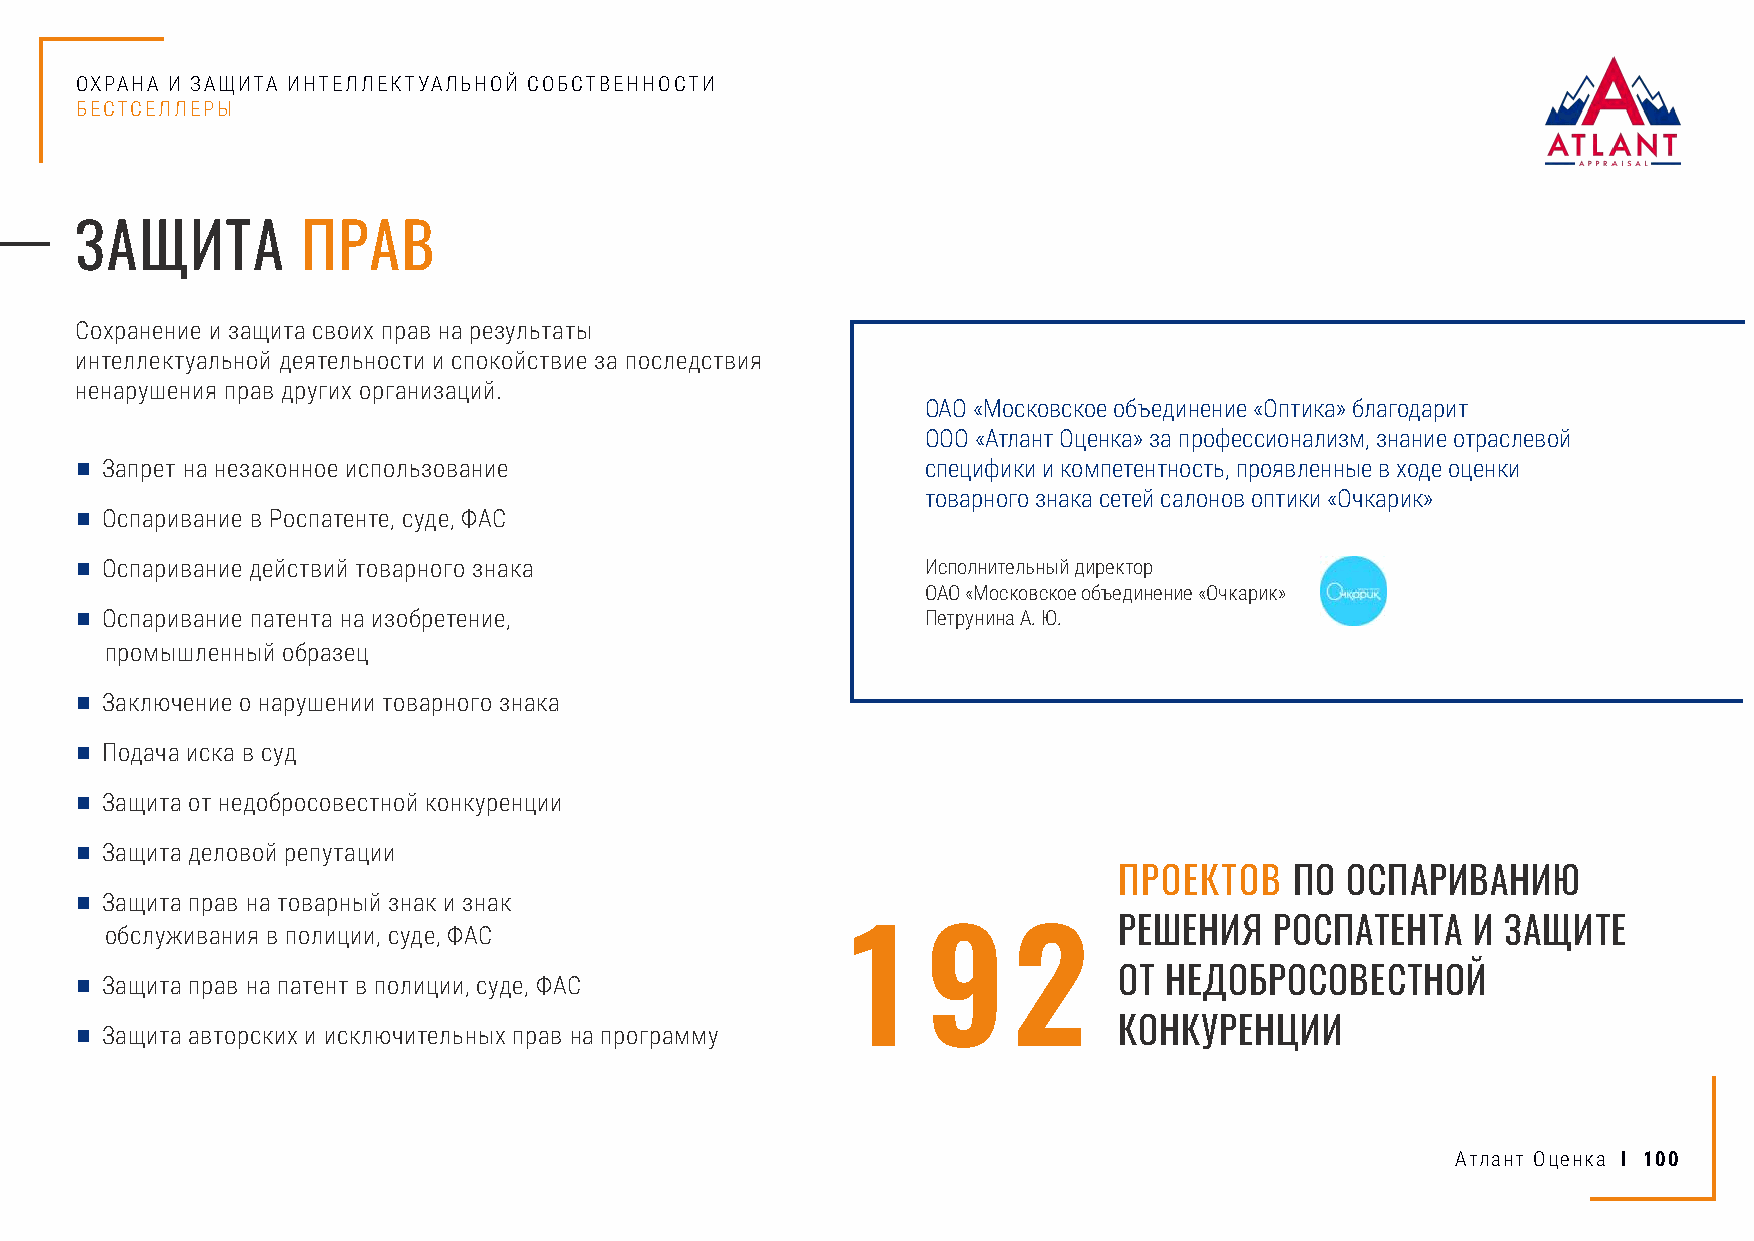
ОХРАНА И ЗАЩИТА ИНТЕЛЛЕКТУАЛЬНОЙ СОБСТВЕННОСТИ
 БЕСТСЕЛЛЕРЫ
 ЗАЩИТА         ПРАВ
 Сохранение и защита своих прав на результаты
 интеллектуальной деятельности и спокойствие за последствия
 ненарушения прав других организаций.
 ОАО «Московское объединение «Оптика» благодарит
 ООО «Атлант Оценка» за профессионализм, знание отраслевой
 ■ Запрет на незаконное использование                    специфики и компетентность, проявленные в ходе оценки
 товарного знака сетей салонов оптики «Очкарик»
 ■ Оспаривание в Роспатенте, суде, ФАС
 ■ Оспаривание действий товарного знака                  Исполнительный директор
 ОАО «Московское объединение «Очкарик»
 ■ Оспаривание патента на изобретение,                   Петрунина А. Ю.
 промышленный образец
 ■ Заключение о нарушении товарного знака
 ■ Подача иска в суд
 ■ Защита от недобросовестной конкуренции
 ■ Защита деловой репутации
 ПРОЕКТОВ    ПО ОСПАРИВАНИЮ
 ■ Защита прав на товарный знак и знак
 РЕШЕНИЯ   РОСПАТЕНТА    И ЗАЩИТЕ
 обслуживания в полиции, суде, ФАС
 1    9     2
 ■ Защита прав на патент в полиции, суде, ФАС                         ОТ НЕДОБРОСОВЕСТНОЙ
 ■ Защита авторских и исключительных прав на программу                КОНКУРЕНЦИИ
 Атлант Оценка I 100